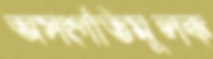
অসংগতিমূলক